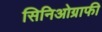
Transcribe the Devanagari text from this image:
सिनिओग्राफी